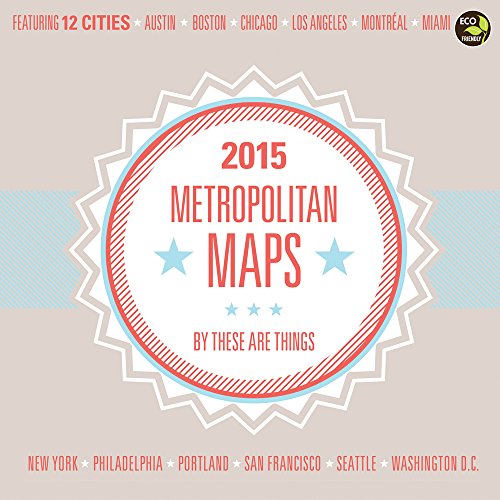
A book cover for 2015 Metropolitan Maps Wall Calendar; TF PUBLISHING; Calendars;